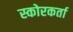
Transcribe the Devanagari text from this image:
स्कोरकर्ता